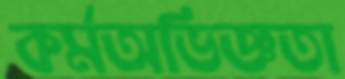
কর্মঅভিজ্ঞতা